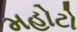
મહોટો